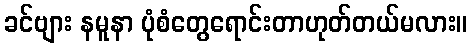
ခင်ဗျား နမူနာ ပုံစံတွေရောင်းတာဟုတ်တယ်မလား။